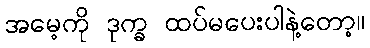
အမေ့ကို ဒုက္ခ ထပ်မပေးပါနဲ့တော့။